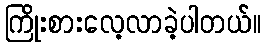
ကြိုးစားလေ့လာခဲ့ပါတယ်။